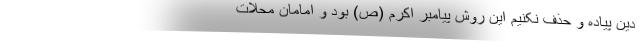
دین پیاده و حذف نکنیم این‌ روش پیامبر اکرم (ص) بود و امامان محلات